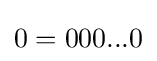
0=000...0